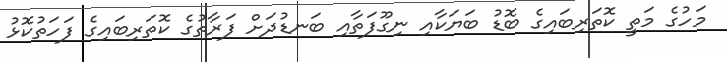
މަހުގެ މަތީ ކޮތަރިބައިގެ ބޮޑު ބަޔަކާއި ނިގޫފަތާއި ބަނޑުދަށް ފަރާތުގެ ކޮތަރިބައިގެ ފަހަތުކޮޅު